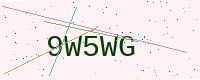
Text: 9W5WG